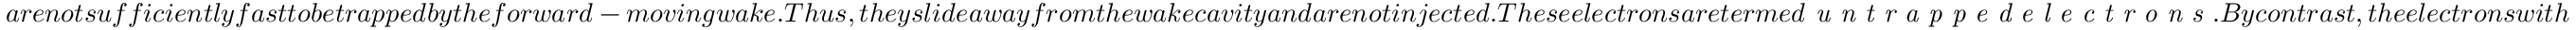
a r e n o t s u f f i c i e n t l y f a s t t o b e t r a p p e d b y t h e f o r w a r d - m o v i n g w a k e . T h u s , t h e y s l i d e a w a y f r o m t h e w a k e c a v i t y a n d a r e n o t i n j e c t e d . T h e s e e l e c t r o n s a r e t e r m e d \textit { u n t r a p p e d e l e c t r o n s } . B y c o n t r a s t , t h e e l e c t r o n s w i t h